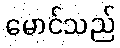
မောင်သည်